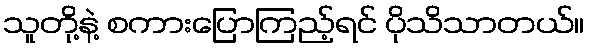
သူတို့နဲ့ စကားပြောကြည့်ရင် ပိုသိသာတယ်။